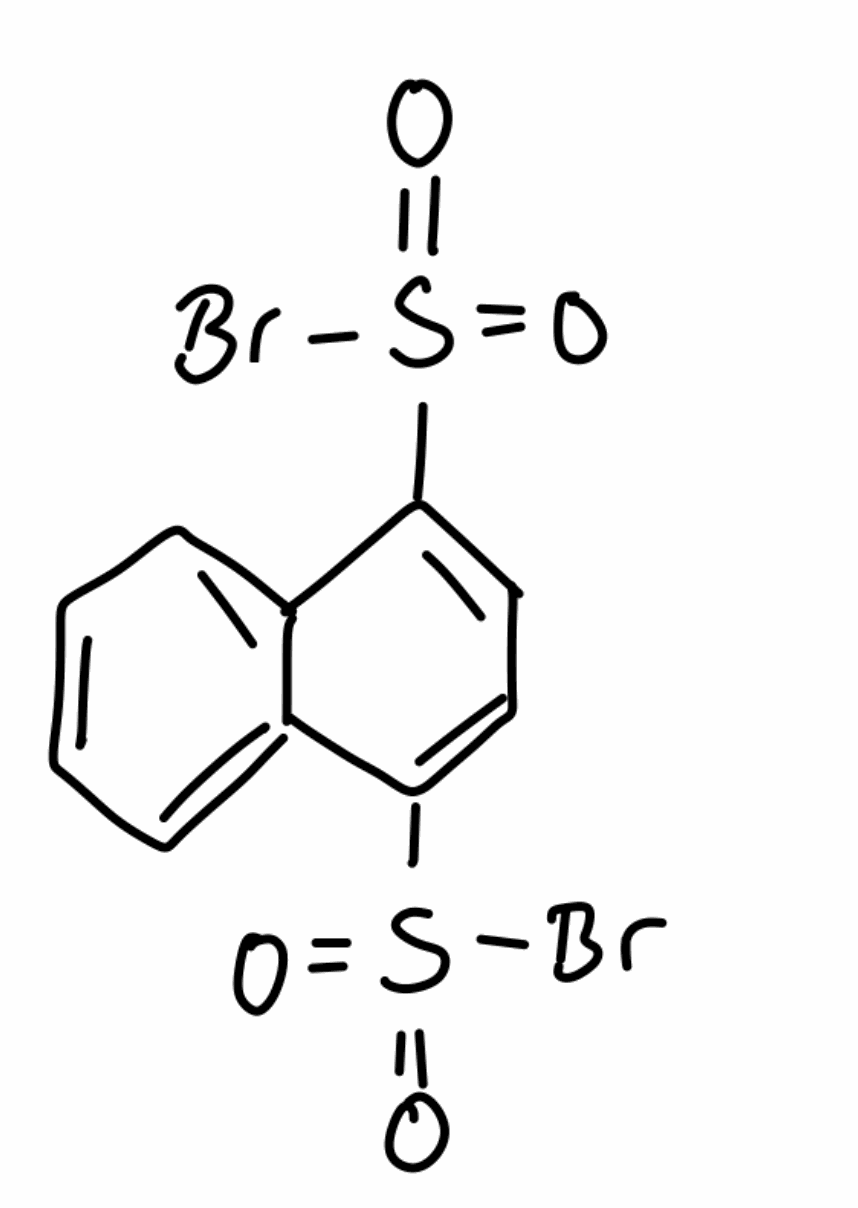
Simplified molecular-input line-entry system (SMILES) notation of the given molecule:
C1=CC=C2C(=C1)C(=CC=C2S(=O)(=O)Br)S(=O)(=O)Br